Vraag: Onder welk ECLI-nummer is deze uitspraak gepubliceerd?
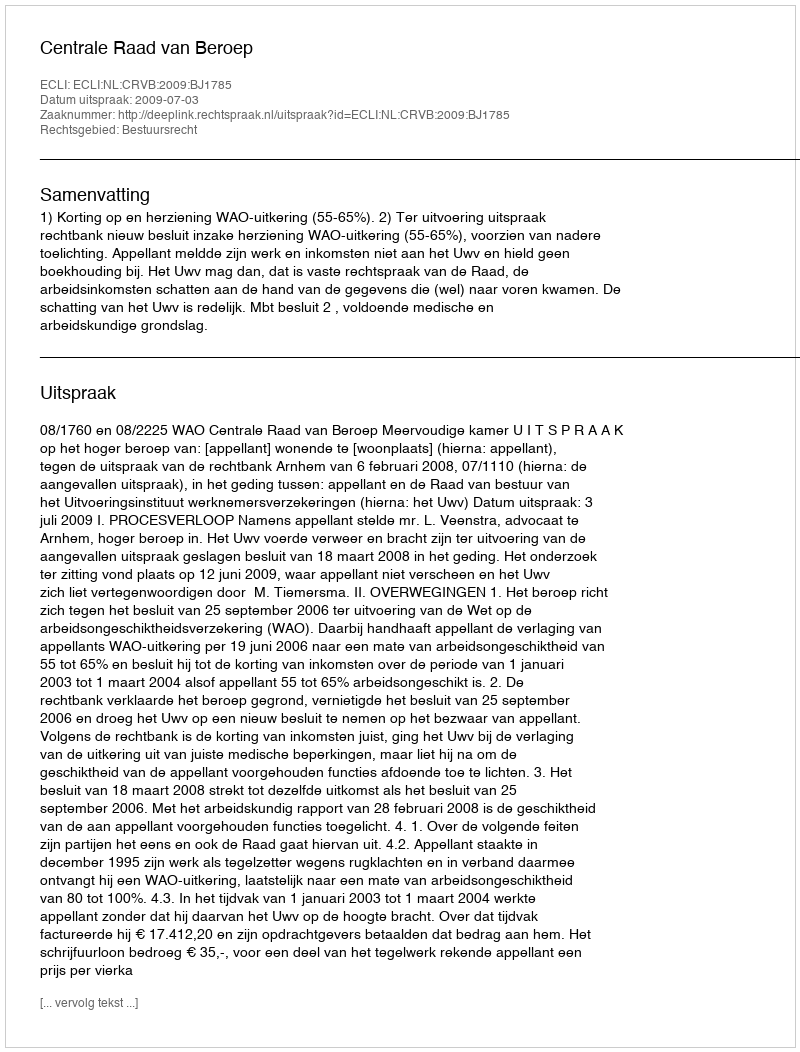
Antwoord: ECLI:NL:CRVB:2009:BJ1785